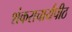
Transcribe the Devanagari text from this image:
शंकराचार्यपीठ